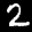
Label: 2